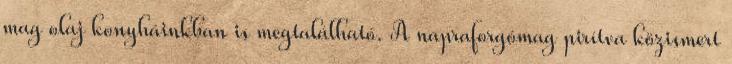
mag olaj konyháinkban is megtalálható. A napraforgómag pirítva közismert